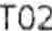
T02